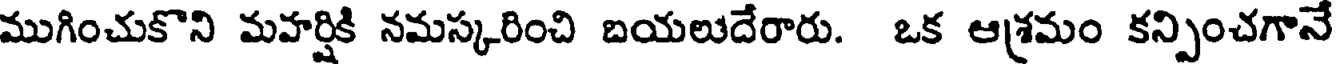
ముగించుకొని మహర్షికి నమస్కరించి బయలుదేరారు. ఒక ఆశ్రమం కన్పించగానే